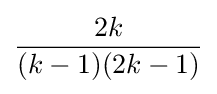
{\frac {2k}{(k-1)(2k-1)}}